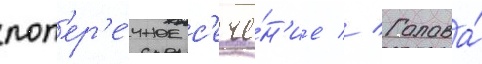
поп'ер'е́чное с'ече́н'ие // Голова́